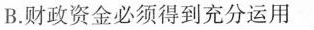
B.财政资金必须得到充分运用